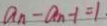
a _ { n } - a _ { n } - 1 = 1